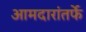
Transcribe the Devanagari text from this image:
आमदारांतर्फे